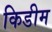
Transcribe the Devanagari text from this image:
किडीम